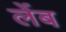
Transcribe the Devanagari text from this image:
लेंब